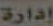
إدارة